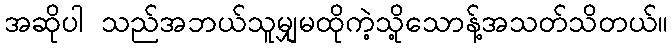
အဆိုပါ သည်အဘယ်သူမျှမထိုကဲ့သို့သောန့်အသတ်သိတယ်။